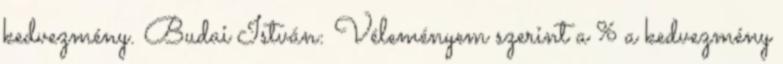
kedvezmény. Budai István: Véleményem szerint a % a kedvezmény